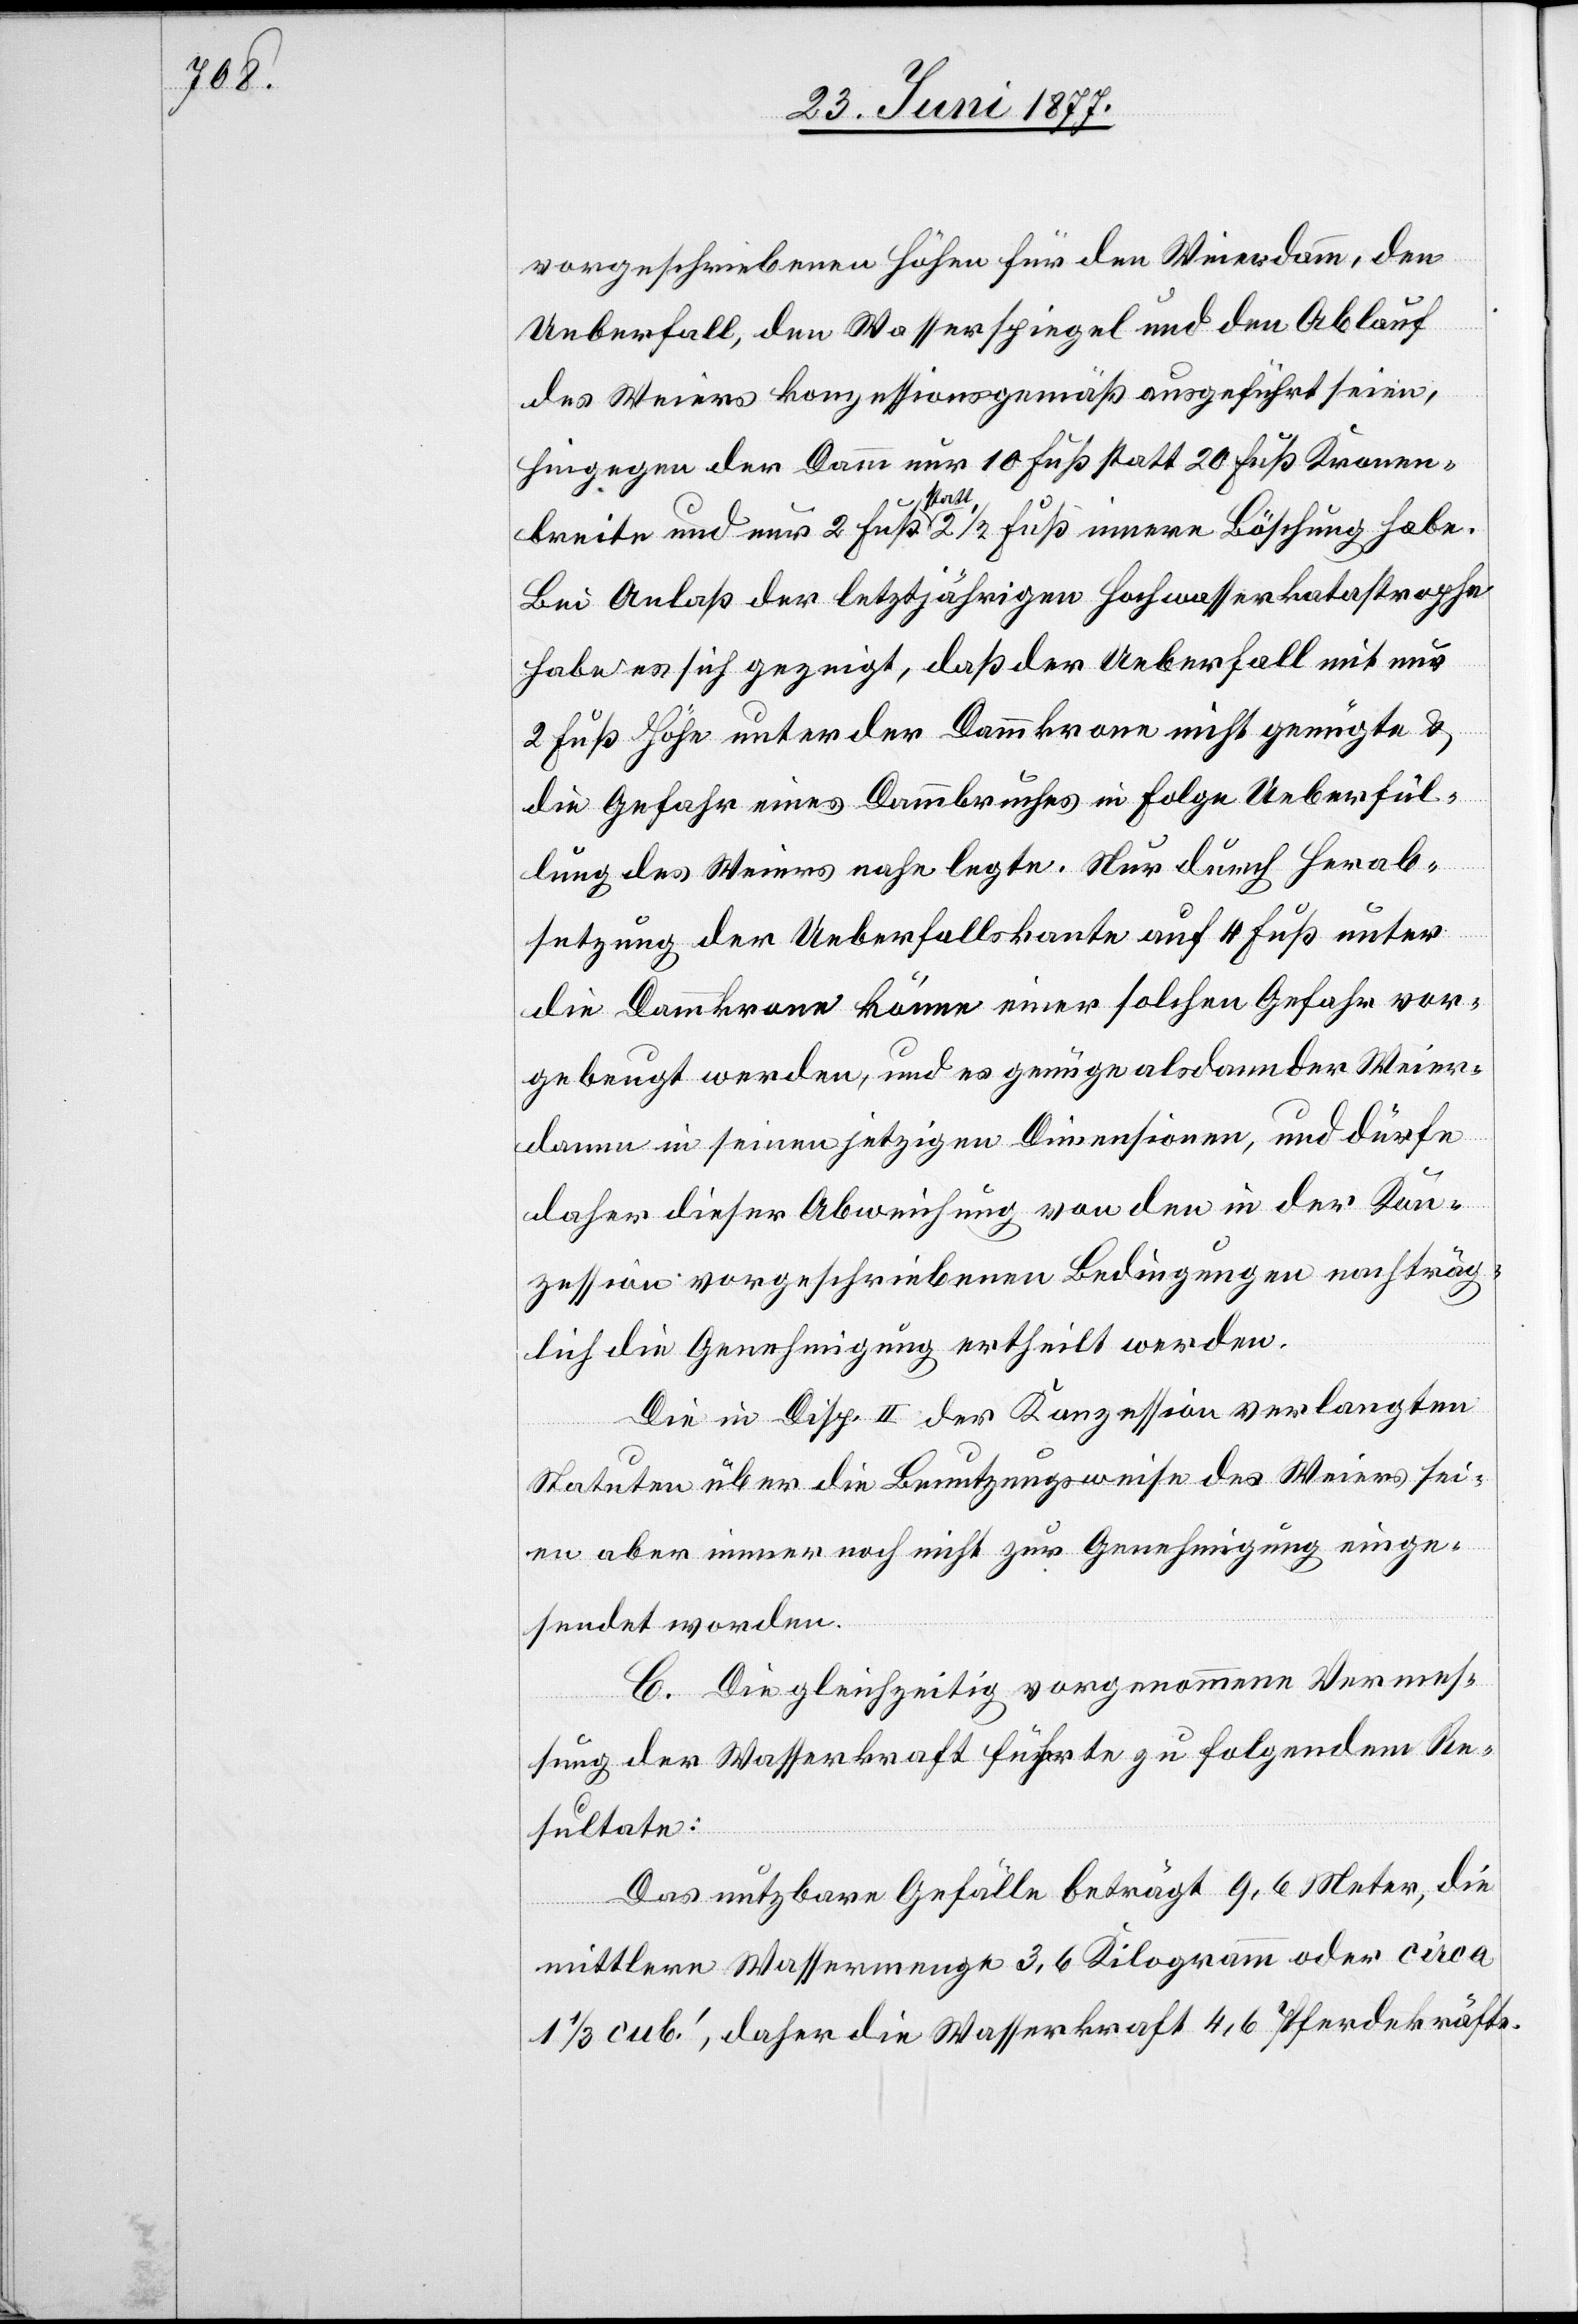
vorgeschriebenen Höhen für den Weierdamm, den
Ueberfall, den Wasserspiegel und den Ablauf
des Weiers konzessionsgemäß ausgeführt seien,
hingegen der Damm nur 10 Fuß statt 20 Fuß Kronen¬
breite und nur 2 Fuß statt 2 1/2 Fuß innere Böschung habe.
Bei Anlaß der letztjährigen Hochwasserkatastrophe
habe es sich gezeigt, daß der Ueberfall mit nur
2 Fuß Höhe unter der Dammkrone nicht genügte &
die Gefahr eines Dammbruches in Folge Ueberfül¬
lung des Weiers nahe legte. Nur durch Herab¬
setzung der Ueberfallskante auf 4 Fuß unter
die Dammkrone könne einer solchen Gefahr vor¬
gebeugt werden, und es genüge alsdann der Weier¬
damm in seinen jetzigen Dimensionen, und dürfe
daher dieser Abweichung von den in der Kon¬
zession vorgeschriebenen Bedingungen nachträg¬
lich die Genehmigung ertheilt werden.
Die in Disp. II der Konzession verlangten
Statuten über die Benutzungsweise des Weiers sei¬
en aber immer noch nicht zur Genehmigung einge¬
sendet worden.
C. Die gleichzeitig vorgenommene Vermes¬
sung der Wasserkraft führte zu folgendem Re¬
sultate:
Das nutzbare Gefälle beträgt 9,6 Meter, die
mittlere Wassermenge 3,6 Kilogramm oder circa
1 1/3 cub.’, daher die Wasserkraft 4,6 Pferdekräfte.